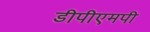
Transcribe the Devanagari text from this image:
डीपीएमपी